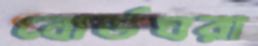
বোর্ডঘরা